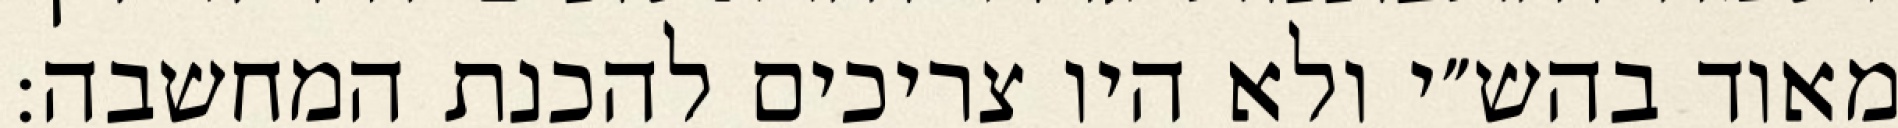
מאוד בהש״י ולא היו צריכים להכנת המחשבה: